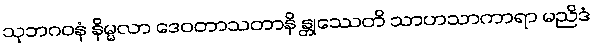
သုဘဂဝနံ နိမ္မလာ ဒေဝတာသတာနိ န္တုဿေတိ သာဟသာကာရာ မညိဒံ